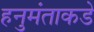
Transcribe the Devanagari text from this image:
हनुमंताकडे